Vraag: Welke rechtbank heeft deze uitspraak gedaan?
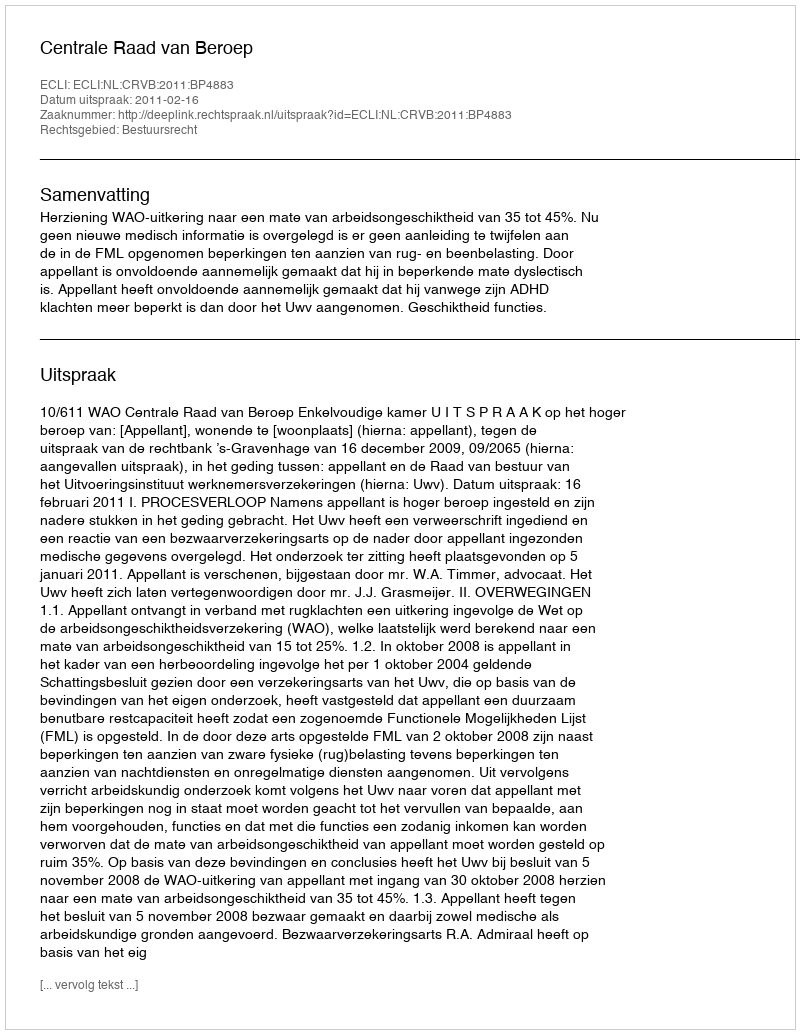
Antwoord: Centrale Raad van Beroep